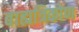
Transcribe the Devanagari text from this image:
बाह्यत्रिकोण